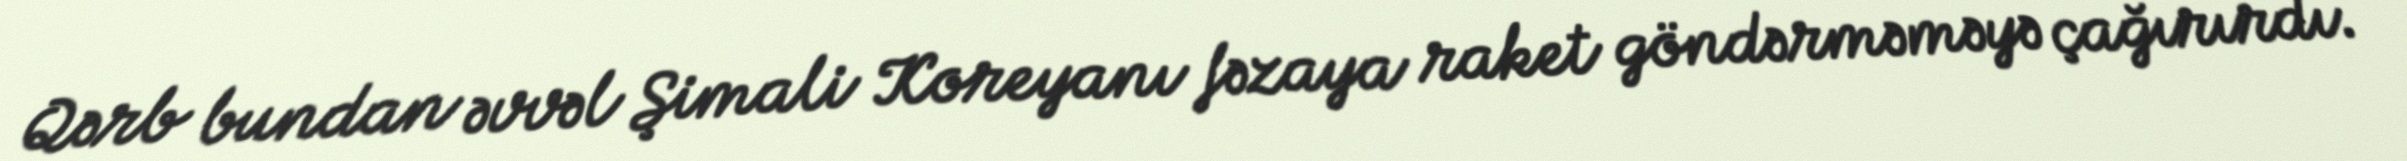
Qərb bundan əvvəl Şimali Koreyanı fəzaya raket göndərməməyə çağırırdı.